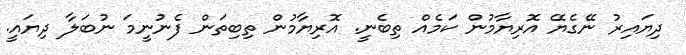
ދިޔައިރު ނޭގެޔޭ އޮރިޔާމުން ކަމެއް ތިބެނީ. އޮރިޔާމުން ތިބިތަން ފެނުނީމަ ނުބަލާ ދިޔައީ.